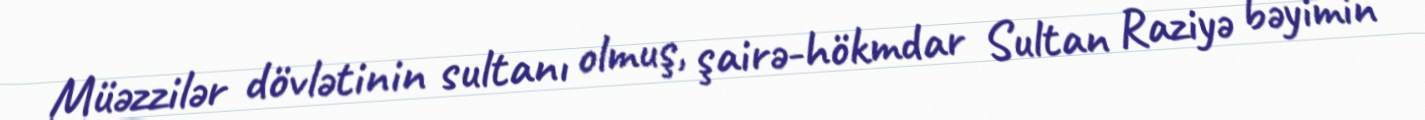
Müəzzilər dövlətinin sultanı olmuş, şairə-hökmdar Sultan Raziyə bəyimin